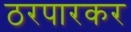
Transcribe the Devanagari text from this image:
ठरपारकर